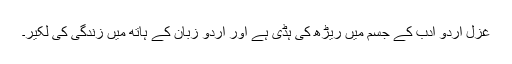
غزل اردو ادب کے جسم میں ریڑھ کی ہڈی ہے اور اردو زبان کے ہاتھ میں زندگی کی لکیر۔